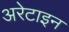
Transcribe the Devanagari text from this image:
अरेटाइन